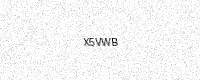
Text: X5VWB